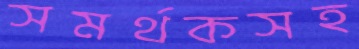
সমর্থকসহ